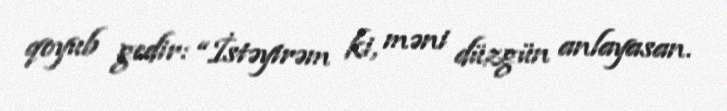
qoyub gedir: “İstəyirəm ki, məni düzgün anlayasan.